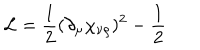
{ \cal L } = \frac { 1 } { 2 } ( \partial _ { \mu } \chi _ { \nu \rho } ) ^ { 2 } - \frac { 1 } { 2 }